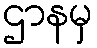
ဌာနမှ